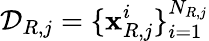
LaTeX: \mathcal{D}_{R,j}=\{ \mathbf{x}_{R,j}^{i}\} _{i=1}^{N_{R,j}}